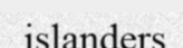
islanders